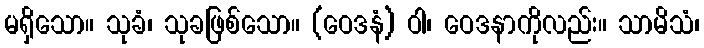
မရှိသော။ သုခံ၊ သုခဖြစ်သော။ (ဝေဒနံ) ဝါ၊ ဝေဒနာကိုလည်း။ သာမိသံ၊